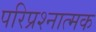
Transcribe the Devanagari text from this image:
परिप्रश्नात्मक